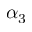
\alpha _ { 3 }